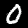
Digit: 0